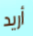
أريد